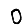
Digit: 0